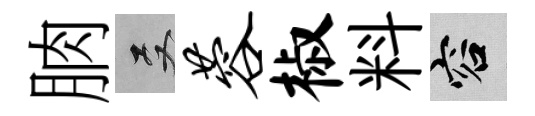
朒双蓉椒料容